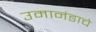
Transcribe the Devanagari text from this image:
उमानंडाचे